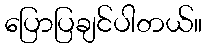
ပြောပြချင်ပါတယ်။